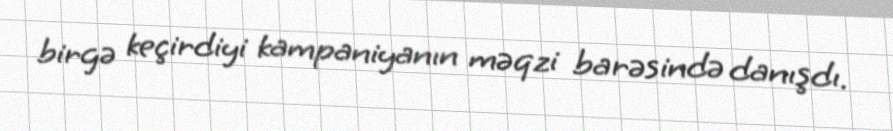
birgə keçirdiyi kampaniyanın məqzi barəsində danışdı.